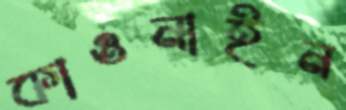
কাওনাইন